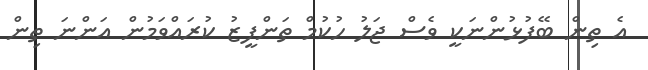
އެ ތިން ބޭފުޅުންނަކީ ވެސް ޖަލު ހުކުމް ތަންފީޒު ކުރައްވަމުން އަންނަ ތިން